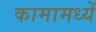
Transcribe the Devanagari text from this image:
कामामध्यें